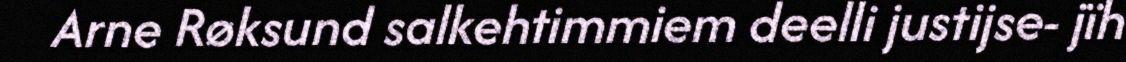
Arne Røksund salkehtimmiem deelli justijse- jïh